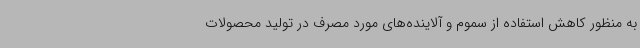
به منظور کاهش استفاده از سموم و آلاینده‌های مورد مصرف در تولید محصولات